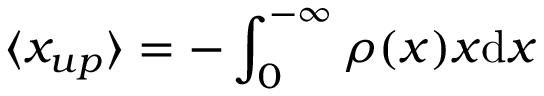
\langle x _ { u p } \rangle = - \int _ { 0 } ^ { - \infty } \rho ( x ) x \mathrm { d } x